Vaccination in Bombay 1902-1912 - 1902-1912
Year: 1902
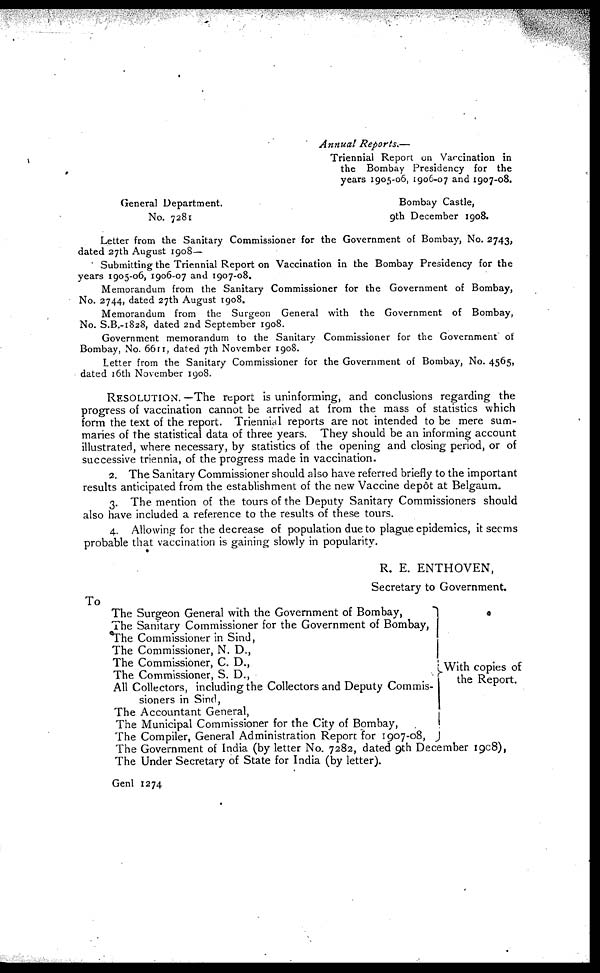
Annual Reports.—
Triennial Report on Vaccination in
the Bombay Presidency for the
years 1905-06, 1906-07 and 1907-08.
General Department.
No. 7281
Bombay Castle,
9th December 1908.
Letter from the Sanitary Commissioner for the Government of Bombay, No. 2743,
dated 27th August 1908—
Submitting the Triennial Report on Vaccination in the Bombay Presidency for the
years 1905-06, 1906-07 and 1907-08.
Memorandum from the Sanitary Commissioner for the Government of Bombay,
No. 2744, dated 27th August 1908.
Memorandum from the Surgeon General with the Government of Bombay,
No. S.B.-1828, dated 2nd September 1908.
Government memorandum to the Sanitary Commissioner for the Government of
Bombay, No. 6611, dated 7th November 1908.
Letter from the Sanitary Commissioner for the Government of Bombay, No. 4565,
dated 16th November 1908.
RESOLUTION. —The report is uninforming, and conclusions regarding the
progress of vaccination cannot be arrived at from the mass of statistics which
form the text of the report. Triennial reports are not intended to be mere sum-
maries of the statistical data of three years. They should be an informing account
illustrated, where necessary, by statistics of the opening and closing period, or of
successive triennia, of the progress made in vaccination.
2. The Sanitary Commissioner should also have referred briefly to the important
results anticipated from the establishment of the new Vaccine depôt at Belgaum.
3. The mention of the tours of the Deputy Sanitary Commissioners should
also have included a reference to the results of these tours.
4. Allowing for the decrease of population due to plague epidemics, it seems
probable that vaccination is gaining slowly in popularity.
R. E. ENTHOVEN,
Secretary to Government.
To
The Surgeon General with the Government of Bombay,
The Sanitary Commissioner for the Government of Bombay,
The Commissioner in Sind,
The Commissioner, N. D.,
The Commissioner, C. D.,
The Commissioner, S. D.,
All Collectors, including the Collectors and Deputy Commis-
sioners in Sind,
The Accountant General,
The Municipal Commissioner for the City of Bombay,
The Compiler, General Administration Report for 1907-08,
With copies of
the Report.
The Government of India (by letter No. 7282, dated 9th December 1908),
The Under Secretary of State for India (by letter).
Genl 1274